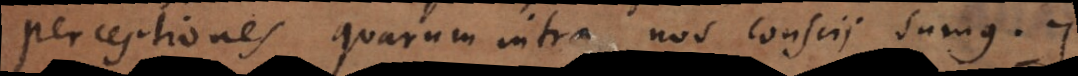
perceptiones quarum intra nos conscii sumus. +)